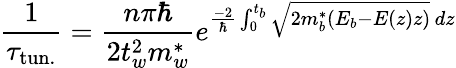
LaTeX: {\frac{1}{\tau_{\mathrm{tun.}}}}={\frac{n\pi\hbar}{2t_{w}^{2}m_{w}^{*}}}e^{{\frac{-2}{\hbar}}\int_{0}^{t_{b}}{\sqrt{2m_{b}^{*}(E_{b}-E(z)z)}}\, dz}